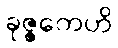
ခုဇ္ဇကေဟိ